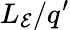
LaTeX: L_{\mathcal{E}}/q^{\prime}